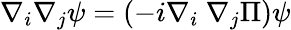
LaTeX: \nabla_{i}\nabla_{j}\psi=(-i\nabla_{i}\mathrm{~}\nabla_{j}\Pi)\psi